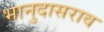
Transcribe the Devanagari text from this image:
भानुदासराव